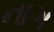
નાગ